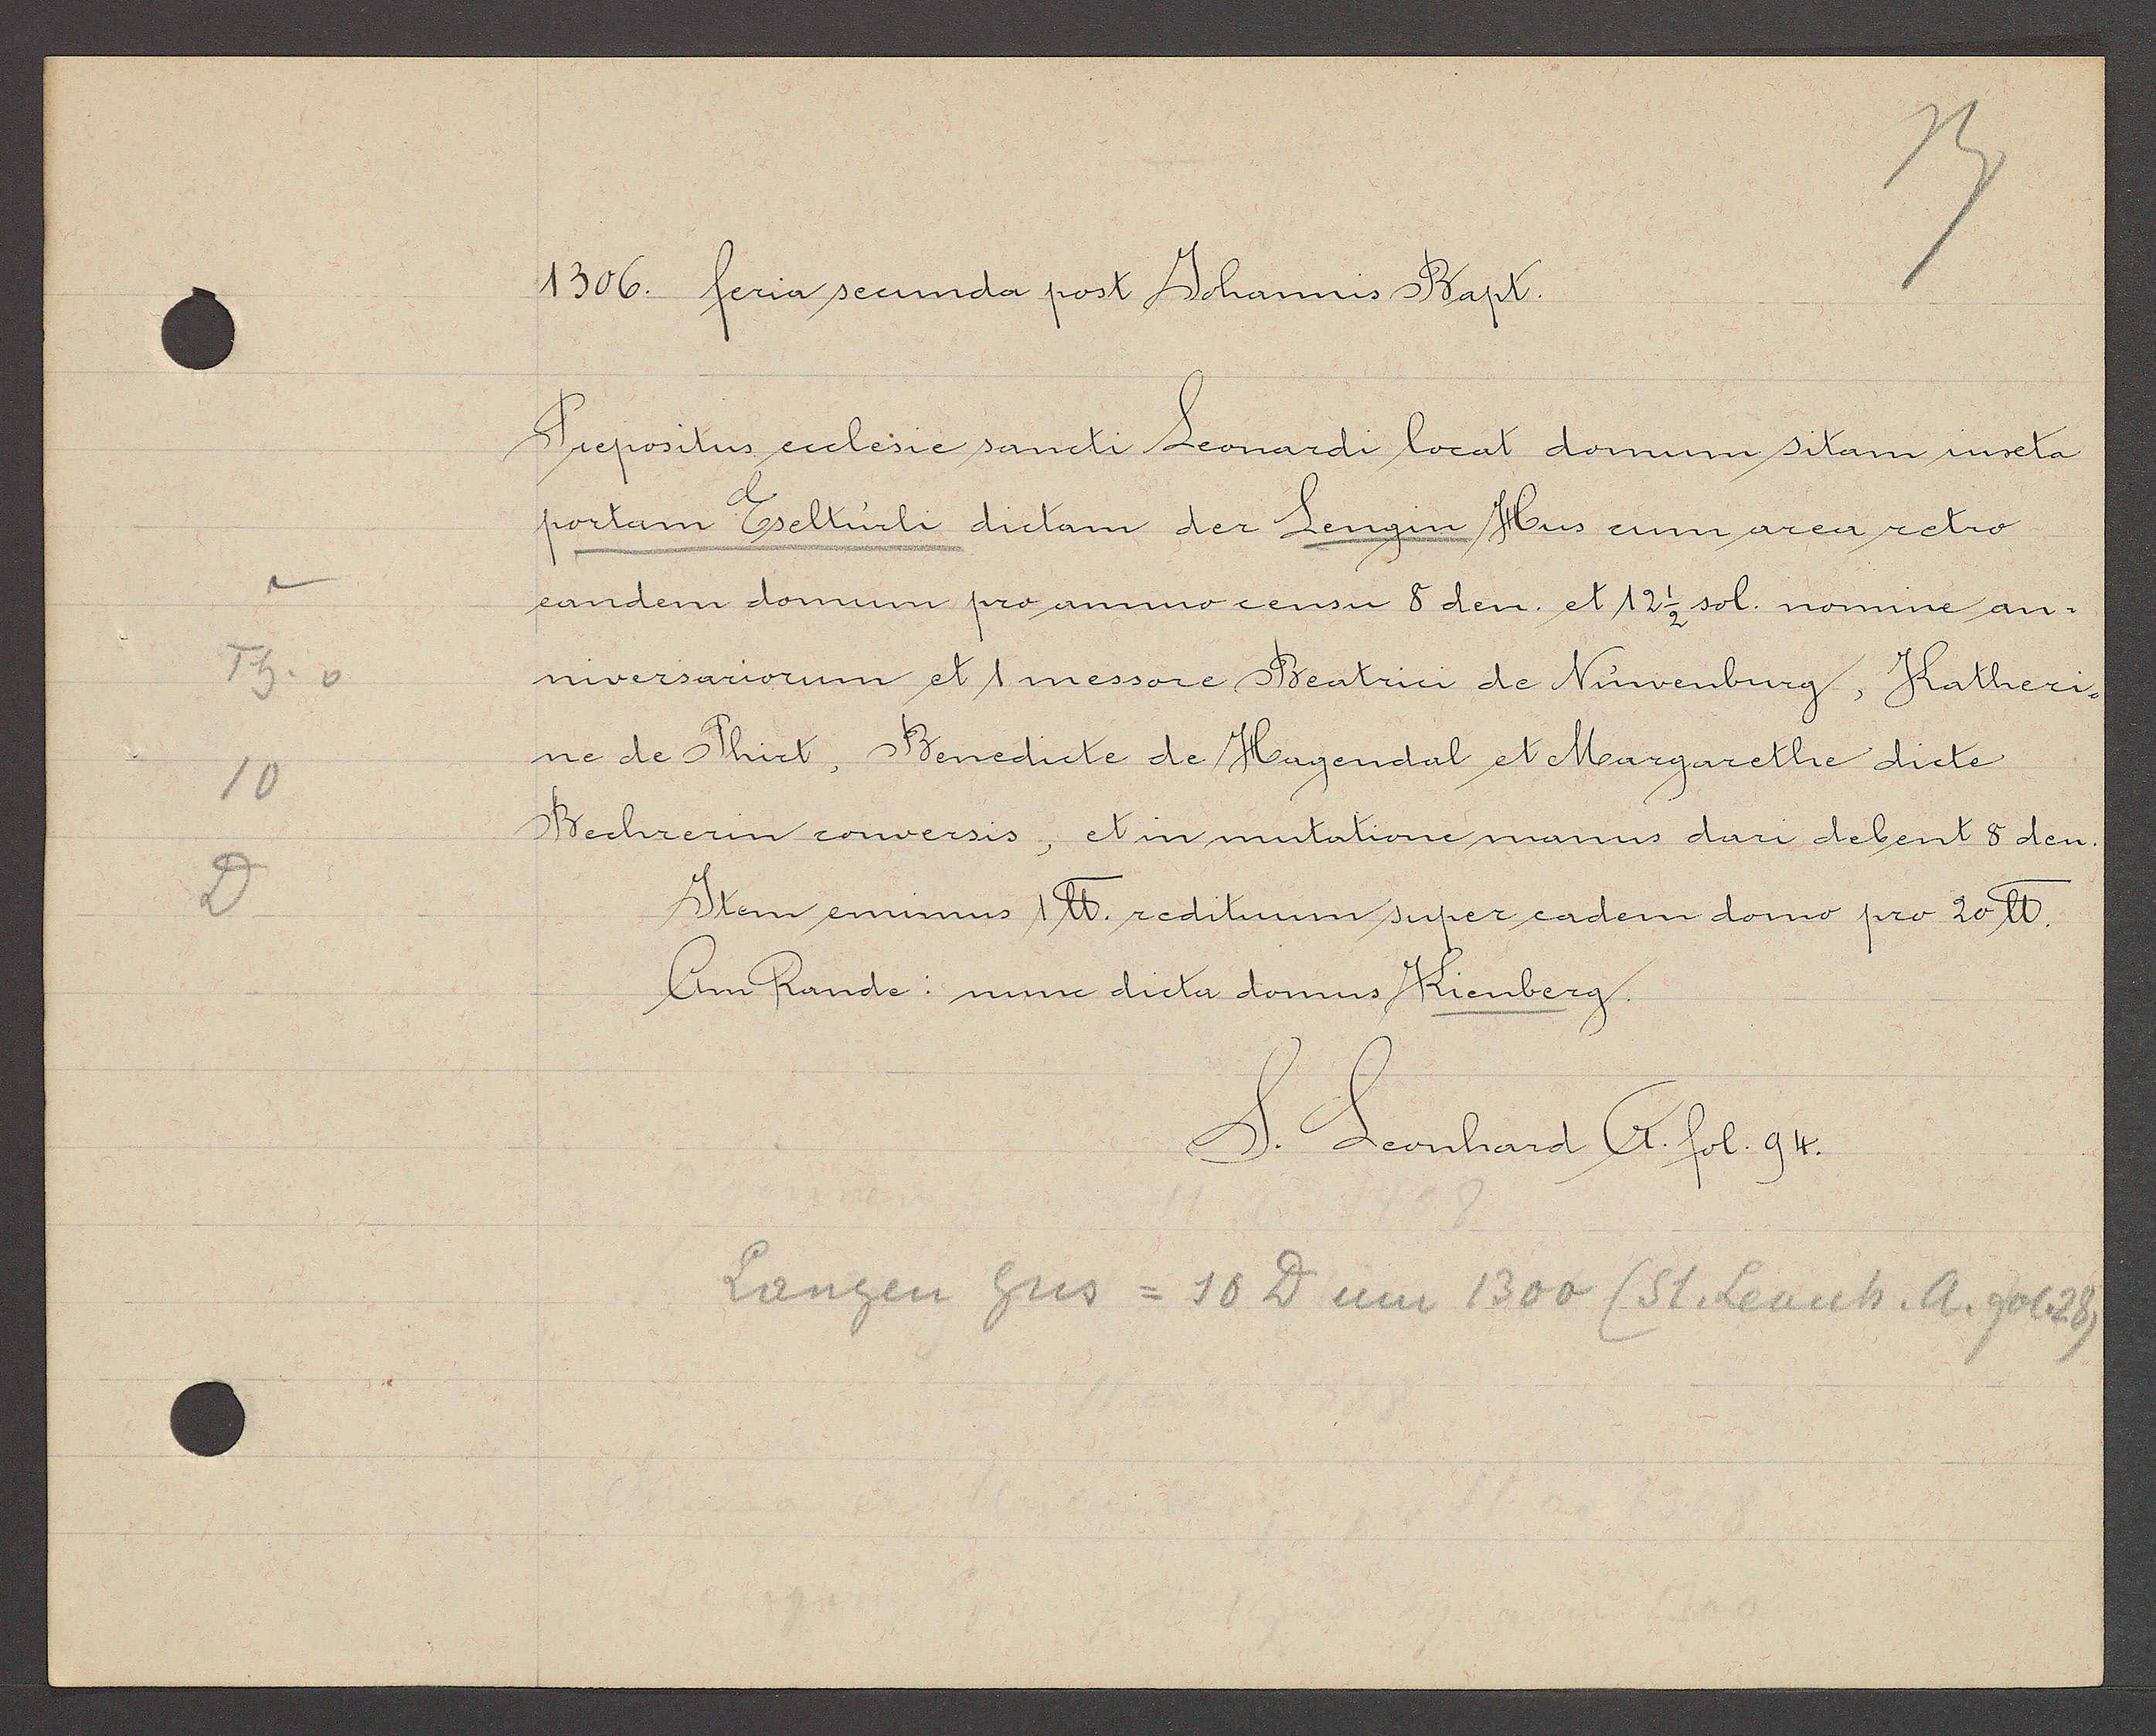
Transcript:
Th. v
10
D

1306. feria secunda post Johannis Bapt.

Prepositus ecclesie sancti Leonardi locat domum sitam iuxta
portam Eselturli dictam der Lengin Hus cum area retro
eandem domum pro annuo censu 8 den. et 12 1/2 sol. nomine an¬
niversariorum et 1 messore Beatrici de Nuwenburg, Katheri-
ne de Phirt, Benedicte de Hagendal et Margarethe dicte
Bechrerin conversis, et in mutatione manus dari debent 5 den.
Item enimus 1 ℔. reditum super eadem domo pro 20 ℔.
Am Rande: nunc dicta domus Kienberg.

Langen hus = 10 D um 1300 (St. Leonh. A. fol 28)

S. Leonhard A. fol. 94.